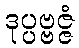
ဒုပ္ပဗ္ဗဇ္ဇံ